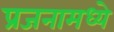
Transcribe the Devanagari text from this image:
प्रजनामध्ये